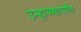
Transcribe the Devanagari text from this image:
उन्हाळ्यापर्यंत